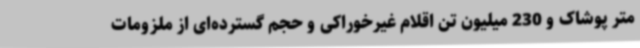
متر پوشاک و 230 میلیون تن اقلام غیرخوراکی و حجم گسترده‌ای از ملزومات